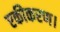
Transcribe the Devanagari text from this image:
एकीकरण।